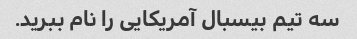
سه تیم بیسبال آمریکایی را نام ببرید.